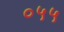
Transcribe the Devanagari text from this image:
०५५